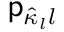
{ \mathsf p } _ { \hat { \kappa } _ { l } l }